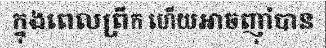
ក្នុងពេលព្រឹក ហើយអាចញ៉ាំបាន